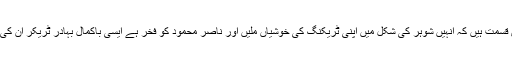
فرح خوش قسمت ہیں کہ انہیں شوہر کی شکل میں اپنی ٹریکنگ کی خوشیاں ملیں اور ناصر محمود کو فخر ہے ایسی باکمال بہادر ٹریکر ان کی بیوی ہے۔